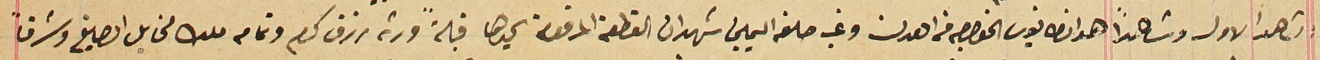
الشاهد الاول وشاهداً هو انطانيوس الخواجه من اهدن وغب حلفه اليمين شهد ان القطعة المرقومة يحدها قبلةً ورثه رزق كرم وتمامه ملك مخايل الصايغ وشرقاً